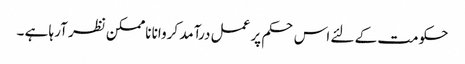
حکومت کے لئے اس حکم پر عمل درآمد کروانا ناممکن نظر آرہا ہے ۔